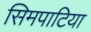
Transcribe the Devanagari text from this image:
सिमपाटिया